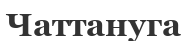
Чаттануга